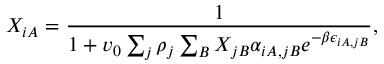
X _ { i A } = \frac { 1 } { 1 + v _ { 0 } \sum _ { j } \rho _ { j } \sum _ { B } X _ { j B } \alpha _ { i A , j B } e ^ { - \beta \epsilon _ { i A , j B } } } ,